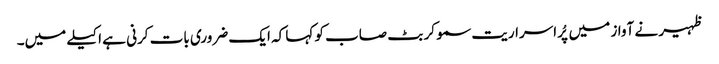
ظہیر نے آواز میں پُراسراریت سمو کر بٹ صاب کو کہا کہ ایک ضروری بات کرنی ہے اکیلے میں۔